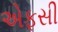
એફસી